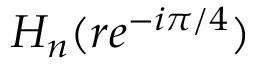
H _ { n } ( r e ^ { - i \pi / 4 } )